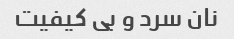
نان سرد و بی کیفیت